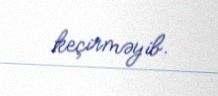
keçirməyib.